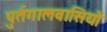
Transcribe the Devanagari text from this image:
पुर्तगालवासियों